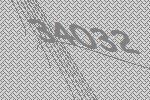
34032